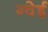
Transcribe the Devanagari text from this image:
ग्वेई